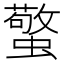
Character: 蟼